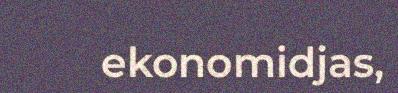
ekonomidjas,